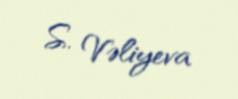
S. Vəliyeva